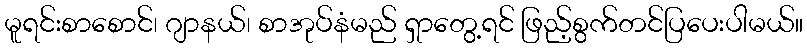
မူရင်းစာစောင်၊ ဂျာနယ်၊ စာအုပ်နံမည် ရှာတွေ့ရင် ဖြည့်စွက်တင်ပြပေးပါမယ်။